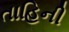
તાહિની